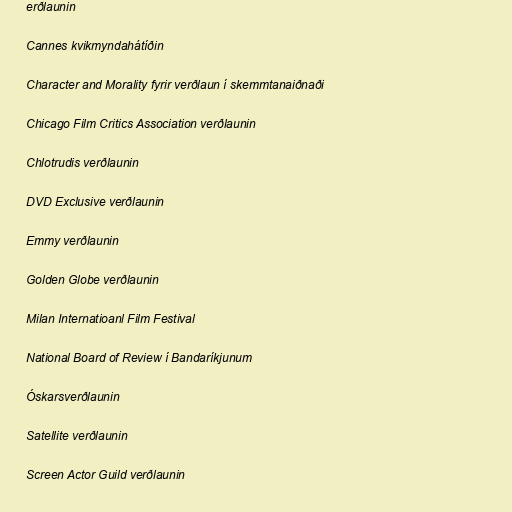
erðlaunin

Cannes kvikmyndahátíðin

Character and Morality fyrir verðlaun í skemmtanaiðnaði

Chicago Film Critics Association verðlaunin

Chlotrudis verðlaunin

DVD Exclusive verðlaunin

Emmy verðlaunin

Golden Globe verðlaunin

Milan Internatioanl Film Festival

National Board of Review í Bandaríkjunum

Óskarsverðlaunin

Satellite verðlaunin

Screen Actor Guild verðlaunin